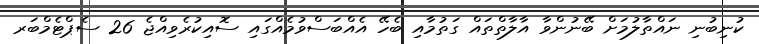
ކުނިބުނި ނައްތާލުމަށް ބޭނުންވާ އާލާތްތައް ގަތުމާއި ބެހޭ އެއްބަސްވުމެއްގައި ސޮއިކުރެވިއްޖެ 26 ސެޕްޓެމްބަރ